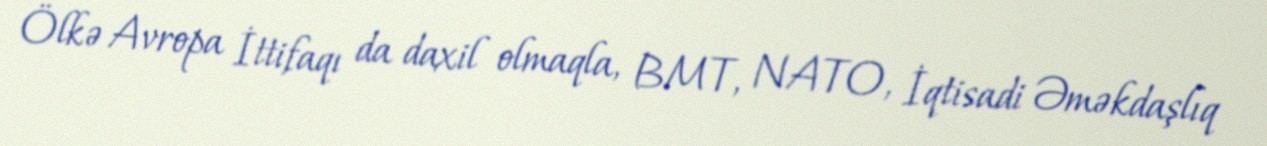
Ölkə Avropa İttifaqı da daxil olmaqla, BMT, NATO, İqtisadi Əməkdaşlıq